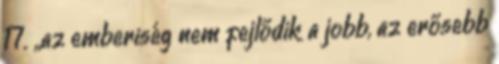
17. „az emberiség nem fejlődik a jobb, az erősebb